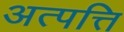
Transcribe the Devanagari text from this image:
अत्पत्ति